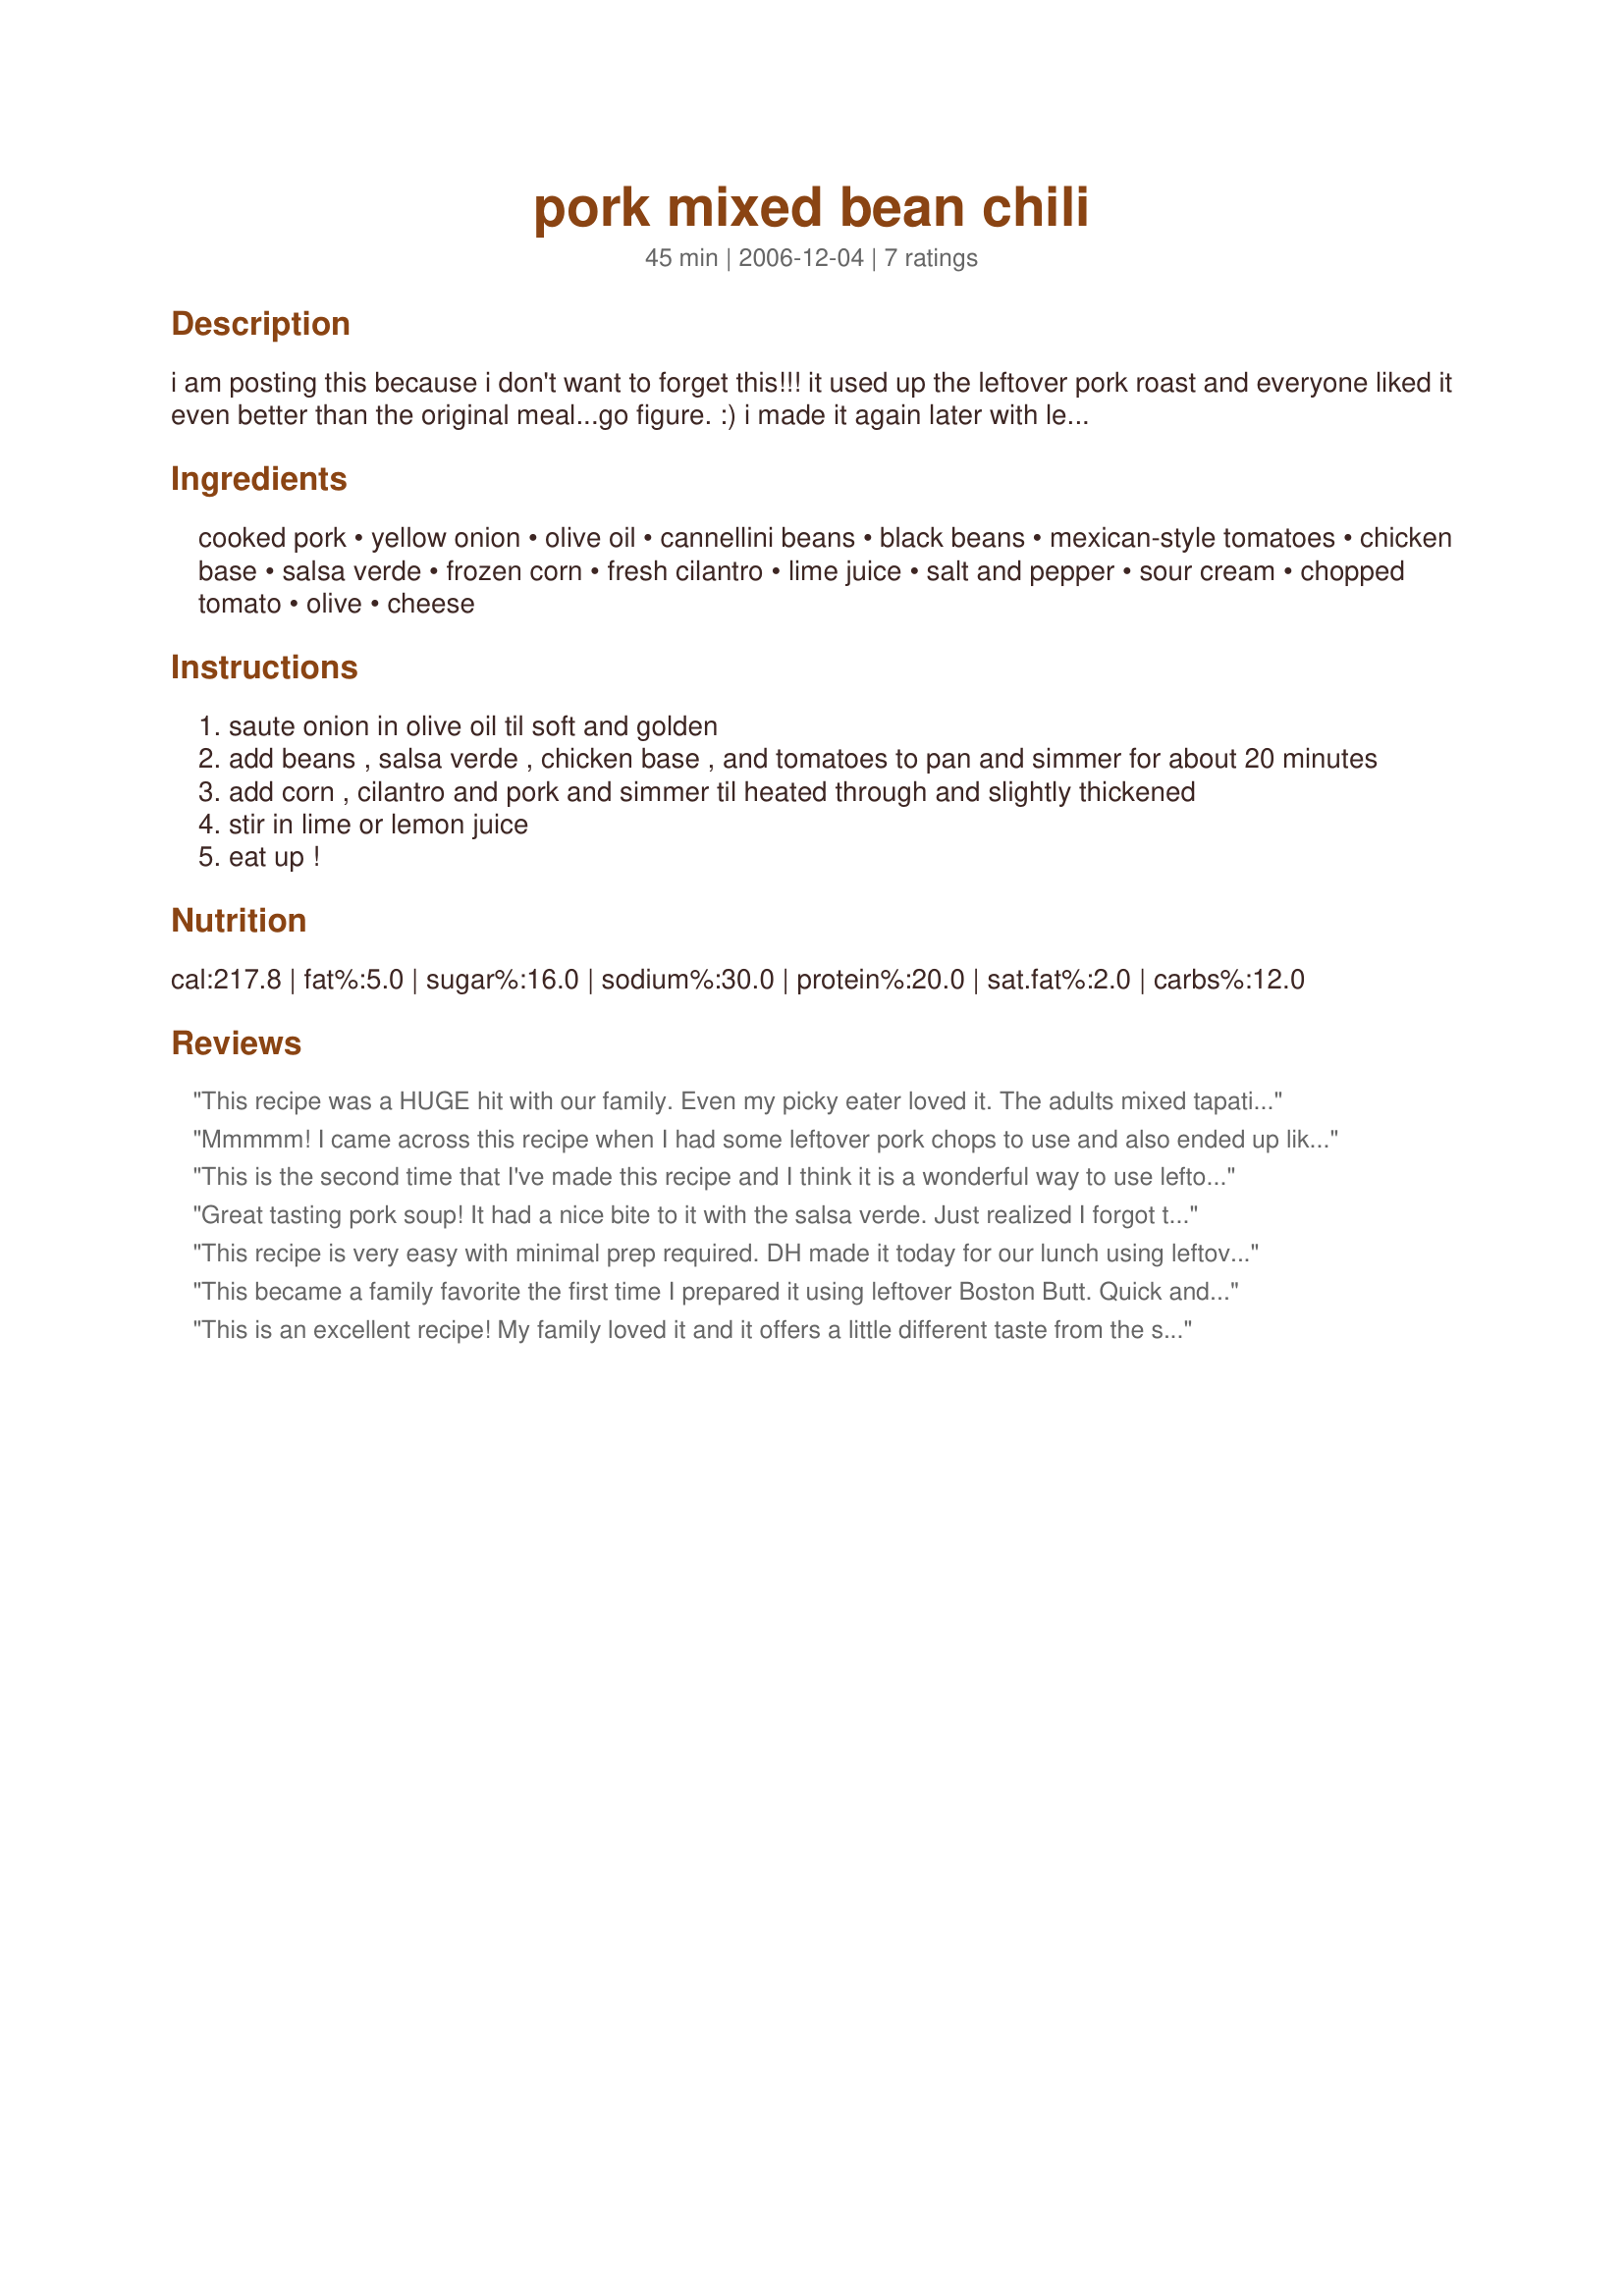
pork mixed bean chili
Preparation time: 45 minutes

i am posting this because i don't want to forget this!!! it used up the leftover pork roast and everyone liked it even better than the original meal...go figure. :) i made it again later with leftover pork tenderloin, too. it's great with corn tortillas or cornbread. best of all it was quick and easy and my four year old spice-o-phobic liked it. the can sizes i guessed; they're just the standard size. this froze beautifully, too. and it is six generous servings.

Ingredients:
cooked pork, yellow onion, olive oil, cannellini beans, black beans, mexican-style tomatoes, chicken base, salsa verde, frozen corn, fresh cilantro, lime juice, salt and pepper, sour cream, chopped tomato, olive, cheese

Steps:
saute onion in olive oil til soft and golden
add beans , salsa verde , chicken base , and tomatoes to pan and simmer for about 20 minutes
add corn , cilantro and pork and simmer til heated through and slightly thickened
stir in lime or lemon juice
eat up !

Reviews:
This recipe was a HUGE hit with our family. Even my picky eater loved it. The adults mixed tapatio sauce into their bowls to spice it up. The kids mixed cheddar and sour cream into their bowls.
Mmmmm! I came across this recipe when I had some leftover pork chops to use and also ended up liking it better than the original meal! LOL I used more like 2 tsp Better than Bouillon (didn't measure) and a 7 oz can of salsa verde from the Mexican grocery. Had a little extra corn so just used it and left out the cilantro (don't care for it). Served with sour cream and sharp cheddar cheese on top. Thanks so much for the recipe!
This is the second time that I've made this recipe and I think it is a wonderful way to use leftover pork tenderloin. My husband and I have enjoyed it each time we've eaten it, filling, tasty and a great blend of flavors. I used canned chick peas instead of the black beans, as that is what I had in the house. I also used diced tomatoes in the can, Trader Joes frozen sweet corn, and Ortega Salsa Verde. This time, I forgot to add the lime or lemon juice as it is written in the ingredient list, but I did not see it in the directions. I didn't miss adding it the first time I cooked this, however, and I think that the dish benefits greatly from this addition. I will have to add it tomorrow in the small dish of leftovers that I am taking to work tomorrow.
Great tasting pork soup! It had a nice bite to it with the salsa verde. Just realized I forgot the lime/lemon juice, but was still tasty. Served with cornbread. Good use for the leftover pork in the freezer.
This recipe is very easy with minimal prep required. DH made it today for our lunch using leftover pork loin. The cilantro garnish made the dish and we also topped with cheddar. Thanks for posting!
This became a family favorite the first time I prepared it using leftover Boston Butt. Quick and delicious. Can add a little Salsa to or in place of Mexican tomatoes for added heat.
This is an excellent recipe! My family loved it and it offers a little different taste from the standard chili. A very nice way to use leftover pork roast. Thanks for the recipe. Carole in Orlando
